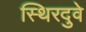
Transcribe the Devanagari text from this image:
स्थिरदुवे